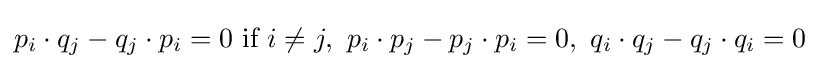
p_{i}\cdot q_{j}-q_{j}\cdot p_{i}=0{\text{  if  }}i\neq j,\ p_{i}\cdot p_{j}-p_{j}\cdot p_{i}=0,\ q_{i}\cdot q_{j}-q_{j}\cdot q_{i}=0